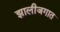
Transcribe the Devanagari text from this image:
झालीजगात